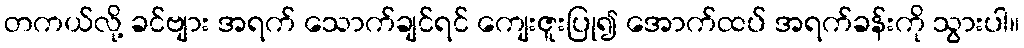
တကယ်လို့ ခင်ဗျား အရက် သောက်ချင်ရင် ကျေးဇူးပြု၍ အောက်ထပ် အရက်ခန်းကို သွားပါ။